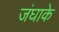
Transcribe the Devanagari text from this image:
जंघाके